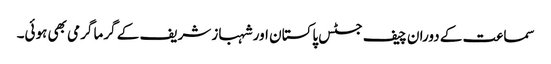
سماعت کے دوران چیف جسٹس پاکستان اور شہباز شریف کے گرما گرمی بھی ہوئی۔